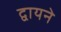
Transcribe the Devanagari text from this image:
द्वायने